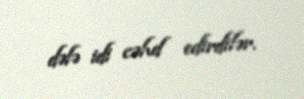
dəfə idi cəhd edirdilər.